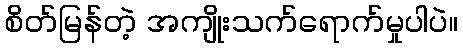
စိတ်မြန်တဲ့ အကျိုးသက်ရောက်မှုပါပဲ။